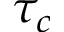
\tau _ { c }